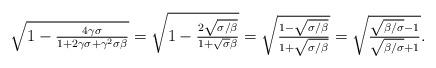
LaTeX: \begin{align*}\sqrt{1-\tfrac{4\gamma\sigma}{1+2\gamma\sigma+\gamma^2\sigma\beta}} = \sqrt{1-\tfrac{2\sqrt{\sigma/\beta}}{1+\sqrt{\sigma}{\beta}}}=\sqrt{\tfrac{1-\sqrt{\sigma/\beta}}{1+\sqrt{\sigma/\beta}}}=\sqrt{\tfrac{\sqrt{\beta/\sigma}-1}{\sqrt{\beta/\sigma}+1}}.\end{align*}